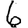
Digit: 6